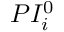
P I _ { i } ^ { 0 }